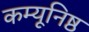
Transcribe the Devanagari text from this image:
कम्यूनिष्ठ